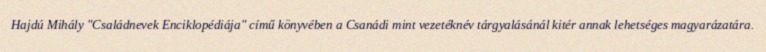
Hajdú Mihály "Családnevek Enciklopédiája" című könyvében a Csanádi mint vezetéknév tárgyalásánál kitér annak lehetséges magyarázatára.